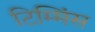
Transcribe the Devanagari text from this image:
टिम्मिंस